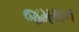
જમથન